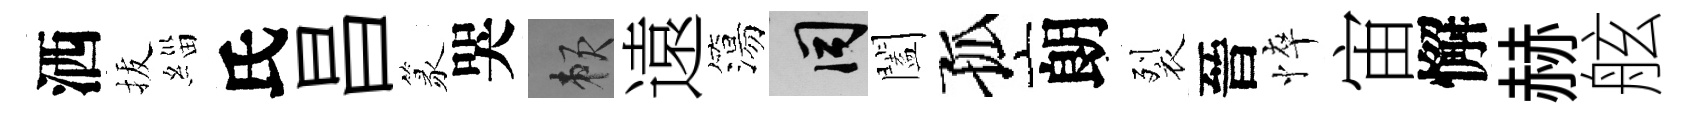
洒拔緇氏昌篆哭賴遠簜间闔孤朗裂晉悴宙懈赫舷